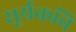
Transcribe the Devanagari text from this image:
सूर्यकवि